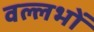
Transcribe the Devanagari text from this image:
वल्लभों